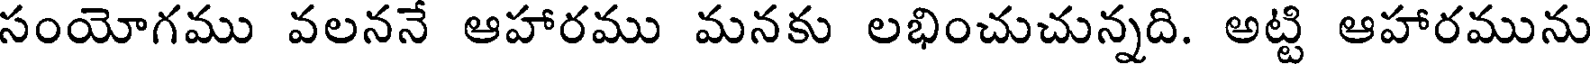
సంయోగము వలననే ఆహారము మనకు లభించుచున్నది. అట్టి ఆహారమును